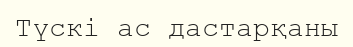
Түскі ас дастарқаны